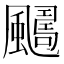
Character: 𩘿